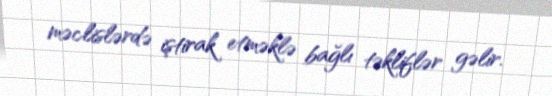
məclislərdə iştirak etməklə bağlı təkliflər gəlir.